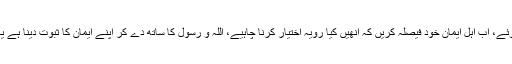
اس سے اس اعلان کی شدت ظاہر ہوتی ہے کہ اللہ و رسول تو ان بودے معاہدوں سے بری ہوئے، اب اہل ایمان خود فیصلہ کریں کہ انھیں کیا رویہ اختیار کرنا چاہیے، اللہ و رسول کا ساتھ دے کر اپنے ایمان کا ثبوت دینا ہے یا عزیز داری، برادری اور خاندان و قبیلہ کی پاس داری میں نفاق کی روش اختیار کرنی ہے۔